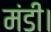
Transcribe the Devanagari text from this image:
मंडी।